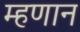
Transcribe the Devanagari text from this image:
म्हणान